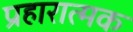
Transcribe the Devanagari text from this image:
प्रहारात्मक